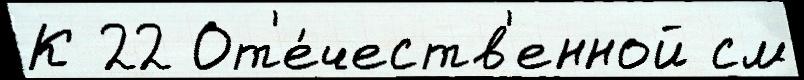
К 22 От'е́честв'енной см